Manual of the Civil Veterinary Department, Central Provinces and Berar
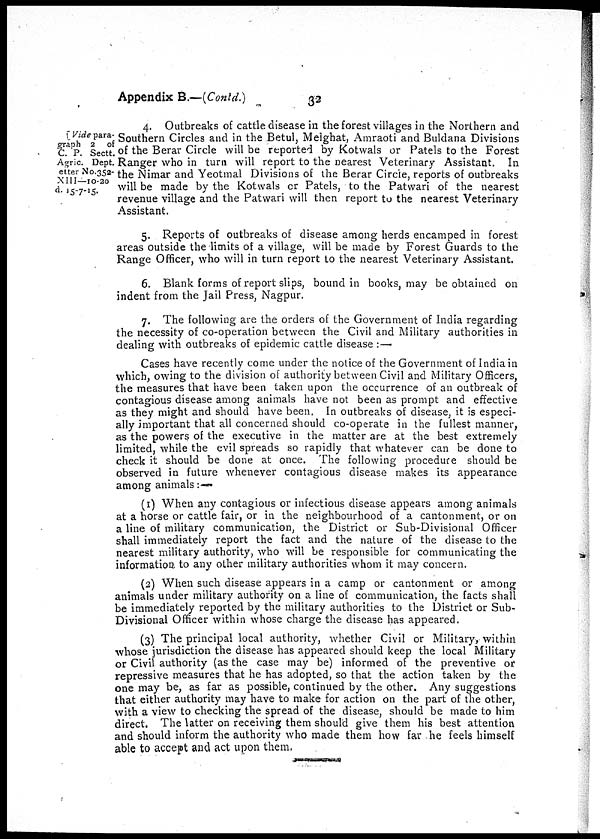
Appendix
B..—(Contd.)
32
Vide para-
graph 2 of
C. P. Sectt.
Agric. Dept.
etter No.352-
XIII—10-20
d. 15-7-15.
4. Outbreaks of cattle disease in the forest villages in the Northern and
Southern Circles and in the Betul, Melghat, Amraoti and Buldana Divisions
of the Berar Circle will be reported by Kotwals or Patels to the Forest
Ranger who in turn will report to the nearest Veterinary Assistant. In
the Nimar and Yeotmal Divisions of the Berar Circle, reports of outbreaks
will be made by the Kotwals or Patels, to the Patwari of the nearest
revenue village and the Patwari will then report to the nearest Veterinary
Assistant.
5. Reports of outbreaks of disease among herds encamped in forest
areas outside the limits of a village, will be made by Forest Guards to the
Range Officer, who will in turn report to the nearest Veterinary Assistant.
6. Blank forms of report slips, bound in books, may be obtained on
indent from the Jail Press, Nagpur.
7. The following are the orders of the Government of India regarding
the necessity of co-operation between the Civil and Military authorities in
dealing with outbreaks of epidemic cattle disease :—
Cases have recently come under the notice of the Government of India in
which, owing to the division of authority between Civil and Military Officers,
the measures that have been taken upon the occurrence of an outbreak of
contagious disease among animals have not been as prompt and effective
as they might and should have been. In outbreaks of disease, it is especi-
ally important that all concerned should co-operate in the fullest manner,
as the powers of the executive in the matter are at the best extremely
limited, while the evil spreads so rapidly that whatever can be done to
check it should be done at once. The following procedure should be
observed in future whenever contagious disease makes its appearance
among animals :—
(1) When any contagious or infectious disease appears among animals
at a horse or cattle fair, or in the neighbourhood of a cantonment, or on
a line of military communication, the District or Sub-Divisional Officer
shall immediately report the fact and the nature of the disease to the
nearest military authority, who will be responsible for communicating the
information to any other military authorities whom it may concern.
(2) When such disease appears in a camp or cantonment or among
animals under military authority on a line of communication, the facts shall
be immediately reported by the military authorities to the District or Sub-
Divisional Officer within whose charge the disease has appeared.
(3) The principal local authority, whether Civil or Military, within
whose jurisdiction the disease has appeared should keep the local Military
or Civil authority (as the case may be) informed of the preventive or
repressive measures that he has adopted, so that the action taken by the
one may be, as far as possible, continued by the other. Any suggestions
that either authority may have to make for action on the part of the other,
with a view to checking the spread of the disease, should be made to him
direct. The latter on receiving them should give them his best attention
and should inform the authority who made them how far he feels himself
able to accept and act upon them.